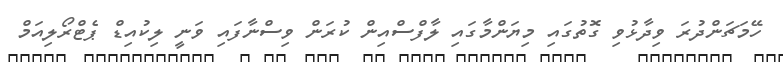
ހޭމަޗަންދުރަ ވިދާޅުވި ގޮތުގައި މިޔަންމާގައި ލާފްސްއިން ކުރަން ވިސްނާފައި ވަނީ ލިކުއިޑް ޕެޓްރޯލިއަމް